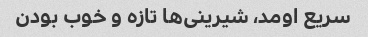
سریع اومد، شیرینی‌ها تازه و خوب بودن